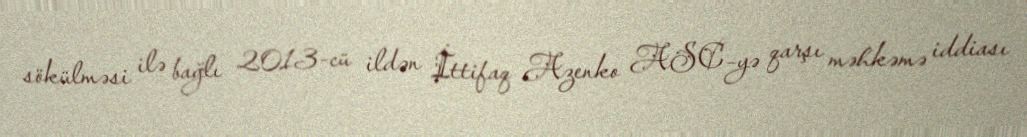
sökülməsi ilə bağlı 2013-cü ildən İttifaq Azenko ASC–yə qarşı məhkəmə iddiası